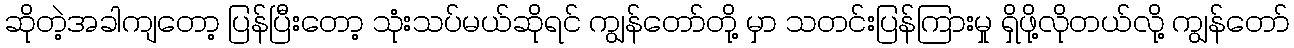
ဆိုတဲ့အခါကျတော့ ပြန်ပြီးတော့ သုံးသပ်မယ်ဆိုရင် ကျွန်တော်တို့ မှာ သတင်းပြန်ကြားမှု ရှိဖို့လိုတယ်လို့ ကျွန်တော်